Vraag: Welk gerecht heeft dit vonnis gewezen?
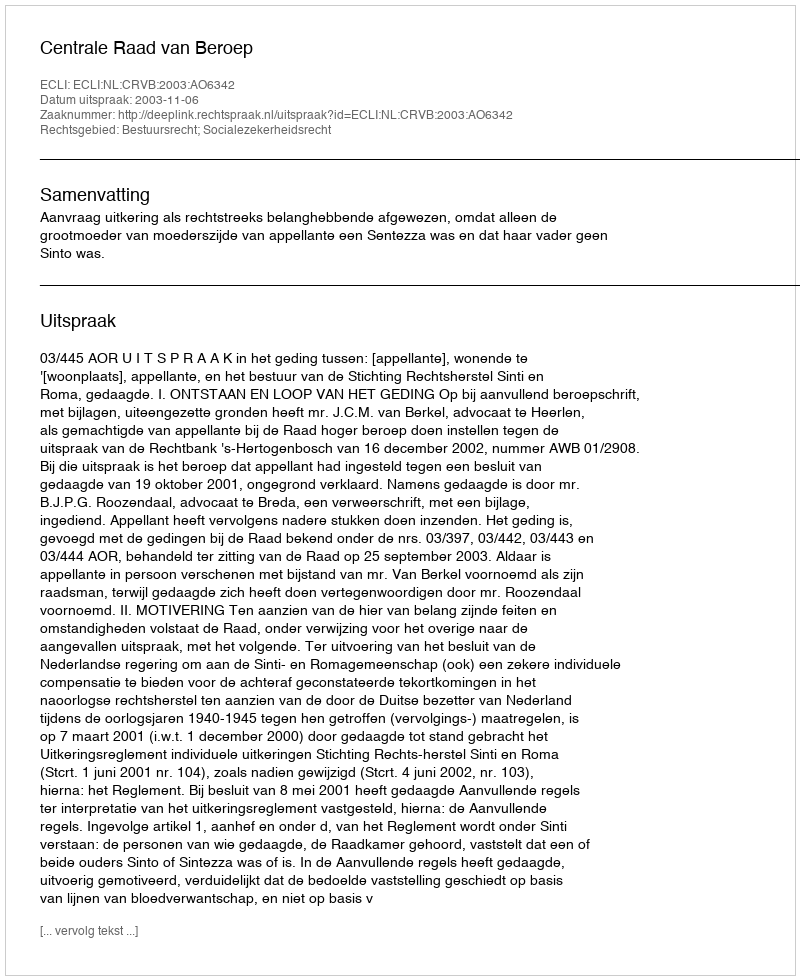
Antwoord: Centrale Raad van Beroep